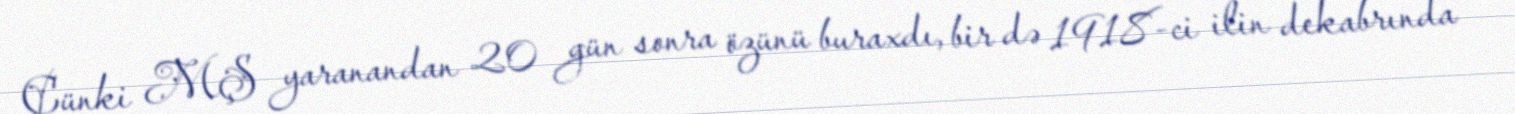
Çünki MŞ yaranandan 20 gün sonra özünü buraxdı, bir də 1918-ci ilin dekabrında